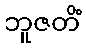
ဘူဇတိံ